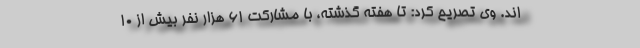
اند. وی تصریح کرد: تا هفته گذشته، با مشارکت ۶۱ هزار نفر بیش از ۱۰